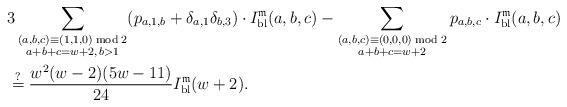
LaTeX: \begin{align*} & 3\sum_{\substack{\substack{(a,b,c)\equiv(1,1,0)\bmod{2}\\a+b+c=w+2,\,b>1}}}(p_{a,1,b}+\delta_{a,1}\delta_{b,3})\cdot I_{{\rm bl}}^{\mathfrak{m}}(a,b,c)-\sum_{\substack{\substack{(a,b,c)\equiv(0,0,0)\bmod{2}\\a+b+c=w+2}}}p_{a,b,c}\cdot I_{{\rm bl}}^{\mathfrak{m}}(a,b,c) \\ & \overset{?}{=}\frac{w^{2}(w-2)(5w-11)}{24}I_{{\rm bl}}^{\mathfrak{m}}(w+2).\end{align*}